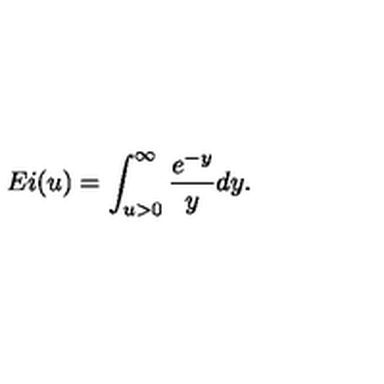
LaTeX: E i ( u ) = \int _ { u > 0 } ^ { \infty } \frac { e ^ { - y } } { y } d y .